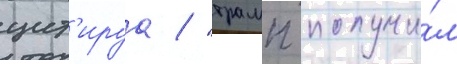
цит'ируа / "трамп получи́л